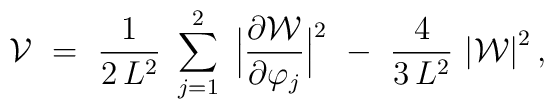
{\cal V} ~=~ {1 \over 2 \,L^2}~\sum_{j = 1}^2 ~\Big| {\partial {\cal W}\over \partial \varphi_j} \Big|^2 ~-~ {4 \over 3 \,L^2}~\big|{\cal W} \big|^2 \,,